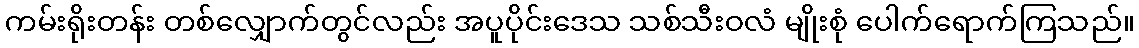
ကမ်းရိုးတန်း တစ်လျှောက်တွင်လည်း အပူပိုင်းဒေသ သစ်သီးဝလံ မျိုးစုံ ပေါက်ရောက်ကြသည်။